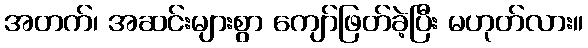
အတက်၊ အဆင်းများစွာ ကျော်ဖြတ်ခဲ့ပြီး မဟုတ်လား။